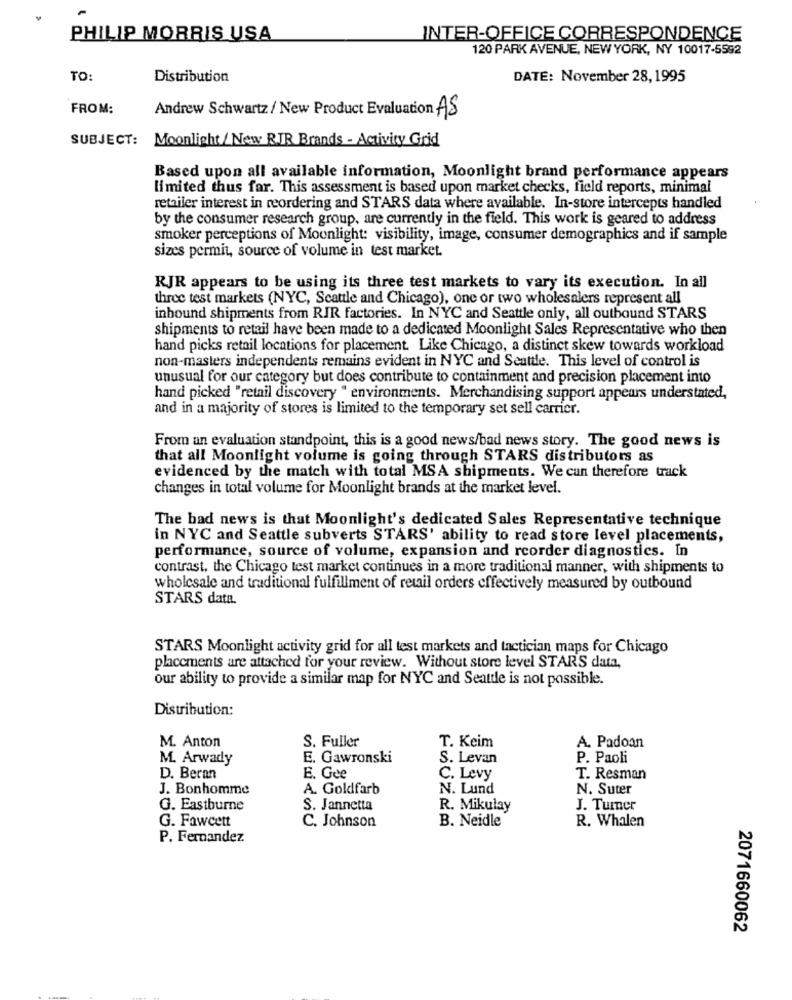
PHILIP MORRIS USA
INTER-OFFICE CORRESPONDENCE
120 PARK AVENUE, NEW YORK, NY 10017-5592
TO:
Distribution
DATE: November 28, 1995
FROM:
Andrew Schwartz / New Product Evaluation AS
SUBJECT: Moonlight / New RIR Brands - Activity Grid
Based upon all available information, Moonlight brand performance appears
limited thus far. This assessment is based upon market checks, field reports, minimal
retailer interest in reordering and STARS data where available. In-store intercepts handled
by the consumer research group, are currently in the field. This work is geared to address
smoker perceptions of Moonlight: visibility, image, consumer demographics and if sample
sizes permit, source of volume in test market.
RJR appears to be using its three test markets to vary its execution. In all
three test markets (NYC, Scattle and Chicago), one or two wholesalers represent all
inbound shipments from RIR factories. In NYC and Seattle only, all outbound STARS
shipments to retail have been made to a dedicated Moonlight Sales Representative who then
hand picks retail locations for placement. Like Chicago, a distinct skew towards workload
non-masters independents remains evident in NYC and Seattle. This level of control is
unusual for our category but does contribute to containment and precision placement into
hand picked "retail discovery " environments. Merchandising support appears understated,
and in a majority of stores is limited to the temporary set sell carrier.
From an evaluation standpoint, this is a good news/bad news story. The good news is
that all Moonlight volume is going through STARS distributors as
evidenced by the match with total MSA shipments. We can therefore track
changes in total volume for Moonlight brands at the market level.
The bad news is that Moonlight's dedicated Sales Representative technique
in NYC and Seattle subverts STARS' ability to read store level placements,
performance, source of volume, expansion and reorder diagnostics. In
contrast, the Chicago test market continues in a more traditional manner, with shipments to
wholesale and traditional fulfillment of retail orders effectively measured by outbound
STARS data.
STARS Moonlight activity grid for all test markets and tactician maps for Chicago
placements are attached for your review. Without store level STARS data,
our ability to provide a similar map for NYC and Seattle is not possible.
Distribution:
S. Fuller
T. Keim
M. Anton
A. Padoan
M. Arwady
E. Gawronski
S. Levan
P. Paoli
D. Beran
E. Gee
C. Levy
T. Resman
J. Bonhomme
A. Goldfarb
N. Lund
N. Suter
G. Eastburne
S. Jannetta
R. Mikulay
J. Turner
G. Fawcett
B. Neidle
R. Whalen
C. Johnson
P. Fernandez
2071660062